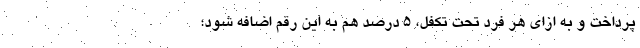
پرداخت و به ازای هر فرد تحت تکفل، ۵ درصد هم به این رقم اضافه شود؛